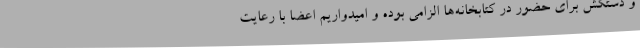
و دستکش برای حضور در کتابخانه‌ها الزامی بوده و امیدواریم اعضا با رعایت